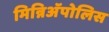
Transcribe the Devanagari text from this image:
मिन्निअॅपोलिस